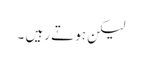
لیکن ہوتے رہیں ۔